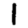
Digit: 1